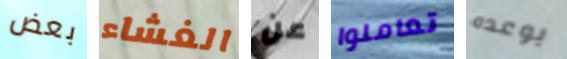
بعض الغشاء عن تعاملوا بوعده